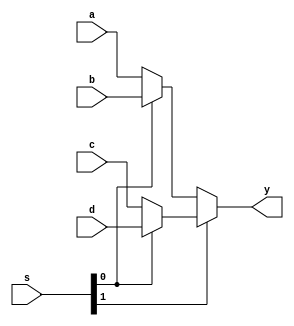
`timescale 1ns / 1ps
//////////////////////////////////////////////////////////////////////////////////
// Company: 
// Engineer: 
// 
// Design Name: 
// Module Name:    MUX_4_1 
// Project Name: 
// Target Devices: 
// Tool versions: 
// Description: 
//
// Dependencies: 
//
// Revision: 
// Revision 0.01 - File Created
// Additional Comments: 
//
//////////////////////////////////////////////////////////////////////////////////
module MUX_4_1(
	input [31:0] a,
	input [31:0] b,
	input [31:0] c,
	input [31:0] d,
	input [1:0] s,
	output [31:0] y	
);

assign y = s[1] ? (s[0] ? d : c) : (s[0] ? b : a);

endmodule